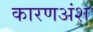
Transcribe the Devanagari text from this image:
कारणअंश